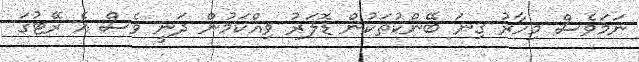
ނަމަވެސް މިހާރު ގިނަ ބޭންކުތަކުން ޑޮލަރު ވިއްކަމުން ދަނީ ވެސް އެ ރޭޓުގަ